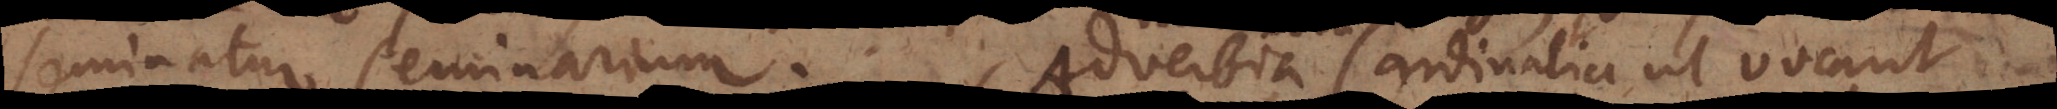
seminatur seminarium. Adverbia Cardinalia ut vocant